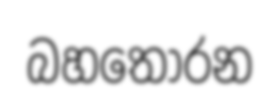
බහතෝරන